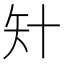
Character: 𥎧